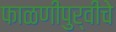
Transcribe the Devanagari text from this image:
फाळणीपुर्वीचे